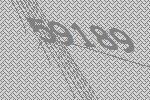
59189